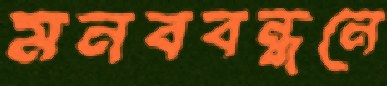
মনববন্ধনে